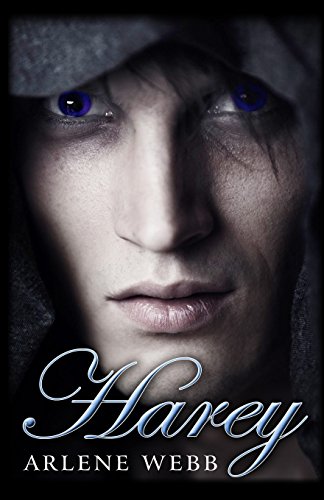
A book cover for Harey; Arlene Webb; Romance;